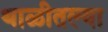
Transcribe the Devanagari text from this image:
थाळीतल्या